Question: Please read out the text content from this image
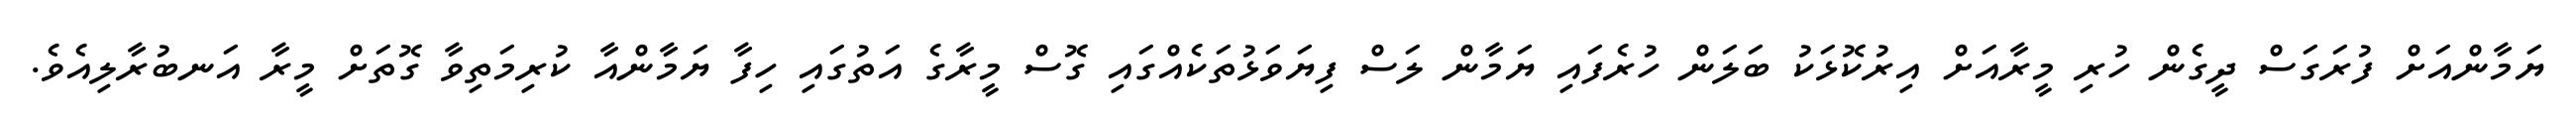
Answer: ޔަމާންއަށް ފުރަގަސް ދީގެން ހުރި މީރާއަށް އިރުކޮޅަކު ބަލަން ހުރެފައި ޔަމާން ލަސް ފިޔަވަޅުތަކެއްގައި ގޮސް މީރާގެ އަތުގައި ހިފާ ޔަމާންއާ ކުރިމަތިވާ ގޮތަށް މީރާ އަނބުރާލިއެވެ.